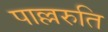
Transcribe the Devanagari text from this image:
पाल्लरुति